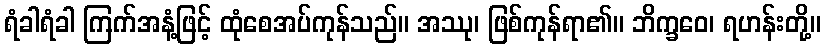
ရံခါရံခါ ကြက်အနံ့ဖြင့် ထုံစေအပ်ကုန်သည်။ အဿု၊ ဖြစ်ကုန်ရာ၏။ ဘိက္ခဝေ၊ ရဟန်းတို့။